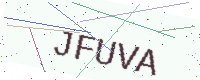
Text: JFUVA